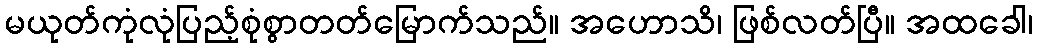
မယုတ်ကုံလုံပြည့်စုံစွာတတ်မြောက်သည်။ အဟောသိ၊ ဖြစ်လတ်ပြီ။ အထခေါ၊